Vaccination in Bombay 1913-1923 - 1913-1923
Year: 1913
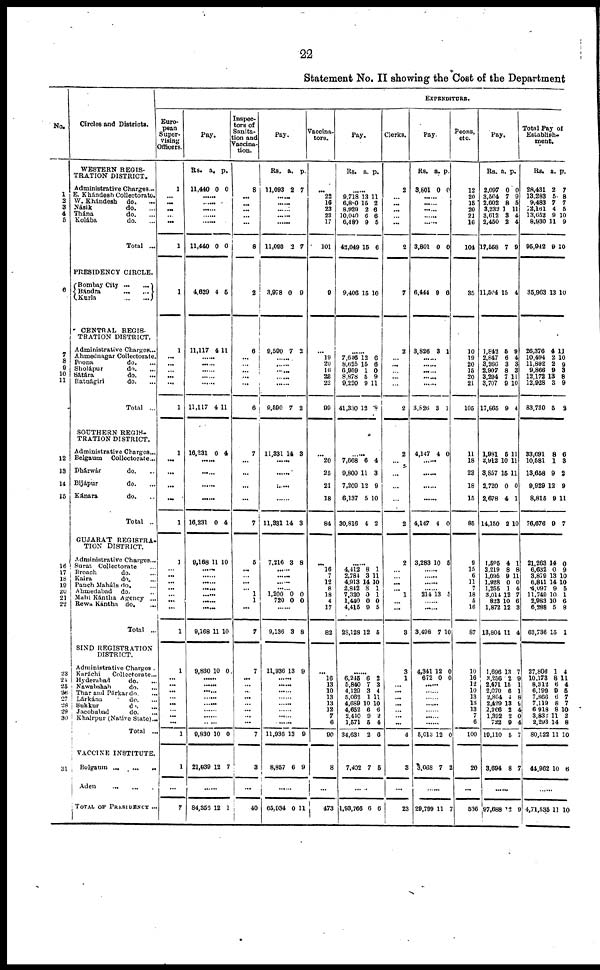
22
Statement No. II showing the Cost of the Department
No.
1
2
3
4
5
6
7
8
9
10
11
12
13
14
15
16
17
18
19
20
21
22
23
24
25
26
27
28
29
30
31
Circles and Districts.
WESTERN REGIS-
TRATION DISTRICT.
Administrative Charges ...
E. Khándesh Collectorate.
W. Khándesh
do.
...
Násik
do. ...
Thána
do. ...
Kolába
do. ...
Total ...
PRESIDENCY CIRCLE.
Bombay City
...
...
Bándra
...
...
Kurla
...
...
CENTRAL REGIS¬
TRATION DISTRICT.
Administrative Charges...
Ahmednagar Collectorate.
Poona
do. ...
Sholápur
do. ...
Sátára
do. ...
Ratnágiri
do. ...
Total ...
SOUTHERN REGIS¬
TRATION DISTRICT.
Administrative Charges...
Belgaum
Collectorate...
Dhárwár
do. ...
Bijápur
do. ...
Kánara
do. ...
Total ...
GUJARAT REGISTRA-
TION DISTRICT.
Administrative Charges...
Surat Collectorate ...
Broach
do. ...
Kaira
do. ...
Panch Maháls do. ...
Ahmedabad
do. ...
Mahi Kántha Agency ...
Rewa Kantha do.
...
Total ...
SIND REGISTRATION
DISTRICT.
Administrative Charges .
Karáchi
Collectorate...
Hyderabad
do. ...
Nawabshah
do. ...
Thar and Parkar do. ...
Lárkána
do. ...
Sukkur
do. ...
Jacobabad
do. ...
Khairpur (Native State)...
Total ...
VACCINE INSTITUTE.
Belganm
...
...
...
Aden
...
...
TOTAL OF PRESIDENCY ...
EXPENDITURE.
Euro-
pean
Super-
vising
Officers.
1
...
...
...
... ...
1
1
1
...
...
... ...
...
1
1
...
...
...
...
1
1
... ...
...
...
... ...
...
1
1
...
...
...
...
...
...
... ...
1
1
...
7
Pay.
Rs.
11,440
a.
0
p.
0
......
...... ......
...... ......
11,440 0 0
4,629 4 5
11,117 4 11
......
......
......
......
......
11,117 4 11
16,231 0 4
......
......
......
......
16,231 0 4
9,168 11 10
......
...... ......
......
......
......
......
9,168 11 10
9,830 10 0
......
...... ......
......
......
......
......
......
9,830 10 0
21,039 12 7
......
84,353 12 1
Inspec-
tors of
Sanita-
tion and
Vaccina-
tion.
8
...
...
... ...
...
8
2
6
... ...
... ...
...
6
7
...
...
...
...
7
5
...
... ...
... 1
1
...
7
7
...
...
...
...
...
...
... ...
7
3
...
40
Pay.
Rs.
11,093
a.
2
p.
7
......
......
...... ......
......
11,003 3 7
3,978 0 9
9,590 7 2
......
...... ......
...... ......
9,590 7 2
11,331 14 3
......
......
......
......
11,331 14 3
7,216 3 8
......
......
......
...... 1,200
720
0
0
0
0
......
9,136 3 8
11,936 13 9
......
......
......
......
......
......
......
......
11,936 13 9
8,857 6 9
......
65,934 0 11
Vaccina¬
tors.
...
22
16
23
23
17
101
9
...
19
20
16
22
22
99
...
20
25
21
18
84
...
16
7
12
8
18
4
17
82
...
16
13
10
13
13
12
7
6
90
8
...
473
Pay.
Rs. a. p.
......
9,718
6,880
8,929
10,040
6,480
42,049
13
15
2
6
9
15
11
2
6
6
5
6
9,406 15 10
......
7,646
8,625
6,959
8,878
9,220
41,330
12
15
1
5
9
12
6
6
0
9
11
8
......
7,668
9,800
7,209
6,137
30,816
6
11
12
5
4
4
3
9
10
2
......
4,412
2,784
4,913
2,842
7,320
1,440
4,415
28,128
8
3
14
8
0
0
9
12
1
11
10
1
1
0
5
5
......
6,245
5,840
4,129
5,062
4,689
4,652
2,440
1,571
34,631
6
7
3
1
10
6
9
5
2
2
3
4
11
10
6 2
4
6
7,402 7 5
......
1,93,766 6 6
Clerks.
2
... ...
...
... ...
2
7
2
... ...
...
...
2
2
...
...
...
...
2
2
...
...
...
... 1
... ...
3
3
1
... ...
...
...
... ...
...
4
3
...
23
Pay.
Rs.
8,801
a.
0
p.
0
......
......
......
......
3,801 0 0
6,444 9 6
3,826 3 1
......
......
...... ......
......
3,826 3 1
4,147 4 0
......
......
......
4,147 4 0
3,283 10 5
......
......
......
...... 214 13 5
......
......
3,498 7 10
4,341
672
12
0
0
0
......
......
......
......
......
... ......
5,013 12 0
3,068 7 2
......
29,799 11 7
Peons,
etc.
12
20
15
20
21
16
104
35
10
19
20
15
20
21
105
11
18
23
18
15
85
9
15
6
11
7
18
5
16
87
10
16
12
10
13
13
13
7
6
100
20
...
536
Pay.
Rs.
2,097
3,564
2,602
3,232
3,612
2,450
17,558
a.
0
7
8
1
3
2
7
p.
0
9
5
11
4
4
9
11,504 15 4
1,843
2,847
3,266
2,907
3,294
3,707
17,865
5
6
3
8
7
9
9
9
4
3
3
11
10
4
1,981
2,912
3,857
2,720
2,678
14,150
5
10
15
0
4
2
11
11
11
0
1
10
1,595
2,219
1,095
1,928
1,255
3,014
823
1,872
13,804
4
8
9
0
1
12
10
12
11
1
8
11
0
4
7
6
3
4
1,696
3,256
2,471
2,070
2,804
2,429
2,266
1,392
722
19,110
13
2
15
6
4
13
2
0
9
5
7
8
1
1
8
9
A
0
4
7
3,694 8 7
......
97,688 12 9
Total Pay of
Establish-
ment.
Rs.
28,431
13,283
9,483
12,161
13,652
8,930
95,942
a.
2
5
7
4
9
11
9
p.
7
8
7
5
10
9
10
35,963 13 10
26,376
10,494
11,892
9,866
12,172
12,928
83,730
4
2
2
9
13
3
5
11
10
9
3
8
9
2
33,691
10,581
13,658
9,929
8,815
76,676
8
1
9
12
9
9
6
3
2
9
11
7
21,263
6,632
3,879
6,841
4,097
11,749
2,983
6,288
63,736
14
0
13
14
9
10
10
5
15
0
9
10
10
5
1
6
8
1
27,806
10,173
8,312
6,199
7,866
7,119
6,918
3,832
2,293
80,522
1
8
6
9
6
8
8
11
14
11
4
11
4
5
7
7
10
2
8
10
44,962 10 6
......
4,71,535 11 10